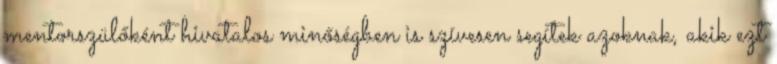
mentorszülőként hivatalos minőségben is szívesen segítek azoknak, akik ezt